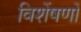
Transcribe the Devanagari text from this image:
विशेंषणों